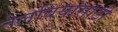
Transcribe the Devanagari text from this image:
तेलबियांसाठी